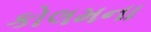
કોલમના